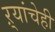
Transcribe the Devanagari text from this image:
ऱ्यांचेही